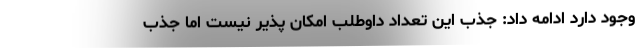
وجود دارد ادامه داد: جذب این تعداد داوطلب امکان پذیر نیست اما جذب